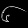
Digit: ၆